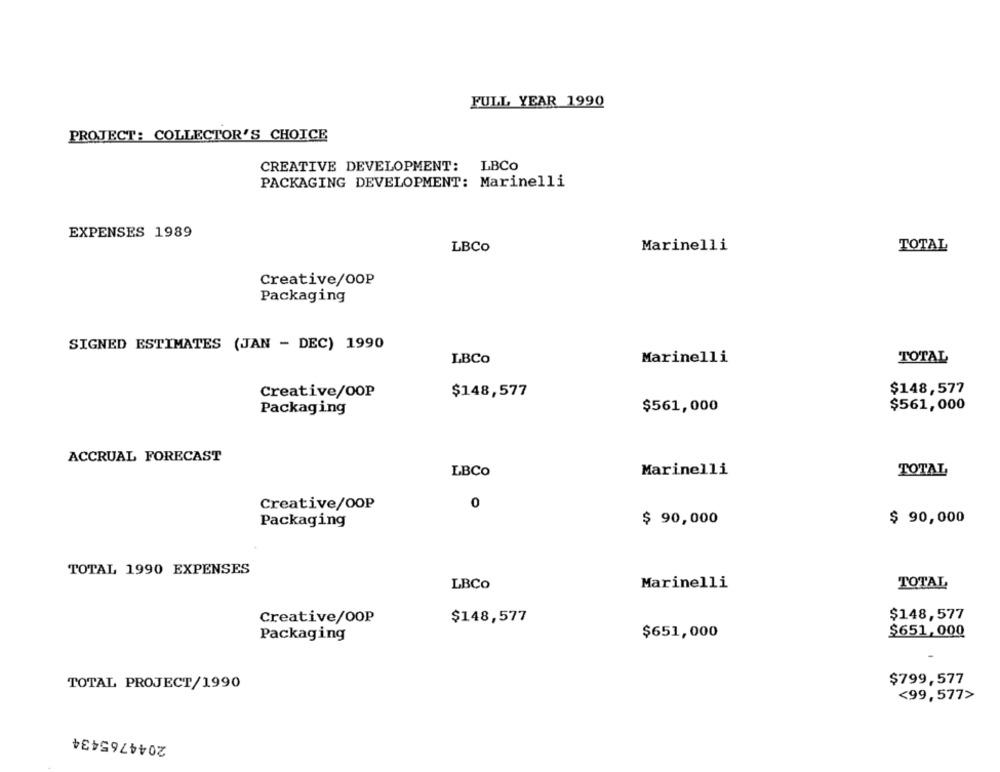
FULL YEAR 1990
PROJECT: COLLECTOR'S CHOICE
CREATIVE DEVELOPMENT: LBCO
PACKAGING DEVELOPMENT: Marinelli
EXPENSES 1989
LBCO
Marinelli
TOTAL
Creative/OOP
Packaging
SIGNED ESTIMATES (JAN - DEC) 1990
LBCo
Marinelli
TOTAL
Creative/OOP
$148,577
$148,577
$561,000
$561,000
Packaging
ACCRUAL FORECAST
Marinelli
TOTAL
LBCo
Creative/OOP
0
Packaging
$ 90,000
$ 90,000
TOTAL 1990 EXPENSES
LBCO
Marinelli
TOTAL
$148,577
Creative/OOP
$148,577
$651,000
Packaging
$651,000
TOTAL PROJECT/1990
$799,577
<99,577>
2044765434